Report of the Indian Hemp Drugs Commission, 1894-1895 - Volume III
Year: 1894
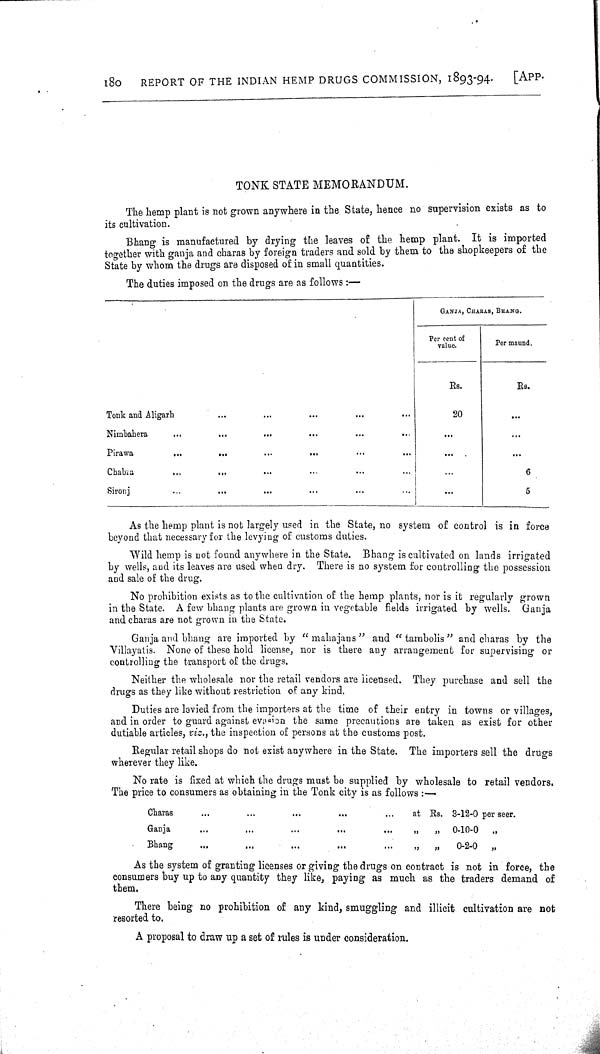
180
REPORT OF THE INDIAN HEMP DRUGS COMMISSION, 1893-94.
[APP.
TONK STATE MEMORANDUM.
The hemp plant is not grown anywhere in the State, hence no supervision exists as to
its cultivation.
Bhang is manufactured by drying the leaves of the hemp plant. It is imported
together with ganja and charas by foreign traders and sold by them to the shopkeepers of the
State by whom the drugs are disposed of in small quantities.
The duties imposed on the drugs are as follows:—
GANJA, CHARAS, BHANG.
Per cent of
value.
Per maund.
Rs.
Rs.
Tonk and Aligarh
20
Nimbahera
Pirawa
Chabra
6
Sironj
5
As the hemp plant is not largely used in the State, no system of control is in force
beyond that necessary for the levying of customs duties.
Wild hemp is not found anywhere in the State. Bhang is cultivated on lands irrigated
by wells, and its leaves are used when dry. There is no system for controlling the possession
and sale of the drug.
No prohibition exists as to the cultivation of the hemp plants, nor is it regularly grown
in the State. A few bhang plants are grown in vegetable fields irrigated by wells. Ganja
and charas are not grown in the State.
Ganja and bhang are imported by "mahajans" and "tambolis" and charas by the
Villayatis. None of these hold license, nor is there any arrangement for supervising or
controlling the transport of the drugs.
Neither the wholesale nor the retail vendors are licensed. They purchase and sell the
drugs as they like without restriction of any kind.
Duties are levied from the importers at the time of their entry in towns or villages,
and in order to guard against evasion the same precautions are taken as exist for other
dutiable articles, viz., the inspection of persons at the customs post.
Regular retail shops do not exist anywhere in the State. The importers sell the drugs
wherever they like.
No rate is fixed at which the drugs must be supplied by wholesale to retail vendors.
The price to consumers as obtaining in the Tonk city is as follows:-
Charas
at Rs. 3-12-0 per seer.
Ganja
" "
0-10-0
"
Bhang
" "
0-2-0
"
As the system of granting licenses or giving the drugs on contract is not in force, the
consumers buy up to any quantity they like, paying as much as the traders demand of
them.
There being no prohibition of any kind, smuggling and illicit cultivation are not
resorted to.
A proposal to draw up a set of rules is under consideration.